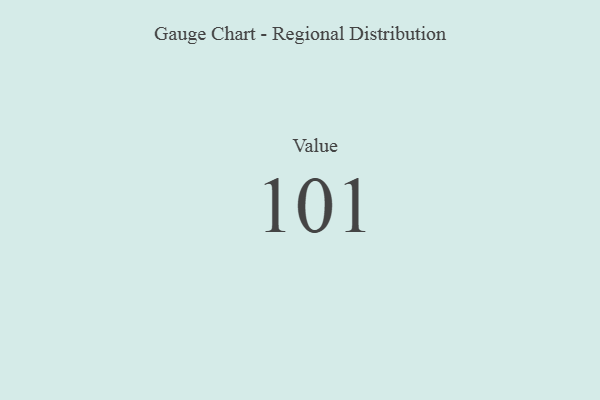
{"axis": {"x": "Metric", "y": "Value"}, "legend": [""], "data": [{"x": "Value", "y": 101, "type": ""}]}